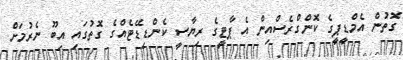
ގޮތުން އެމްޑީޕީގެ ކޮންގްރެސްއިން އެ ޕާޓީގެ ރިޔާސީ ކެންޑިޑޭޓެއްގެ ގޮތުގައި އިބޫ ނެރުމަށް